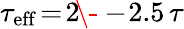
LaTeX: \tau_{\mathrm{eff}}\! =\! 2\! \- -\! 2.5\, \tau